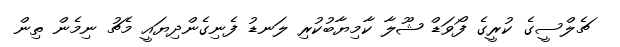
ޗެލްސީގެ ކުރީގެ ފޯވަޑް ޝޫލާ ކާމިޔާބުކުރި ލަނޑު ފެނިގެންދިޔައީ މެޗު ނިމެން ތިން